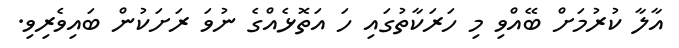
އާލާ ކުރުމަށް ބޭއްވި މި ހަރަކާތުގައި ހަ އަތޮޅެއްގެ ނުވަ ރަށަކުން ބައިވެރިވި.